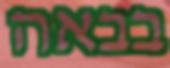
בבאה